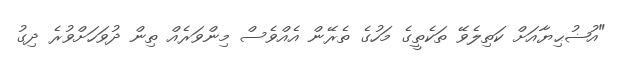
"އުޟުޙިޔާއަށް ކަތިލެވޭ ތަކެތީގެ މަހުގެ ތެރޭން އެއްވެސް މިންވަރެއް ތިން ދުވަހަށްވުރެ ދިގު